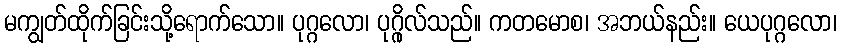
မကျွတ်ထိုက်ခြင်းသို့ရောက်သော။ ပုဂ္ဂလော၊ ပုဂ္ဂိုလ်သည်။ ကတမောစ၊ အဘယ်နည်း။ ယေပုဂ္ဂလော၊